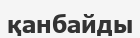
қанбайды